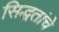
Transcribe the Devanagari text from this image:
सिद्धतांचे